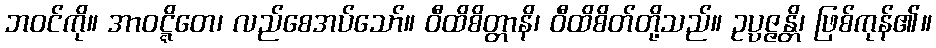
ဘဝင်ကို။ အာဝဋ္ဋိတေ၊ လည်စေအပ်သော်။ ဝီထိစိတ္တာနိ၊ ဝီထိစိတ်တို့သည်။ ဥပ္ပဇ္ဇန္တိ၊ ဖြစ်ကုန်၏။